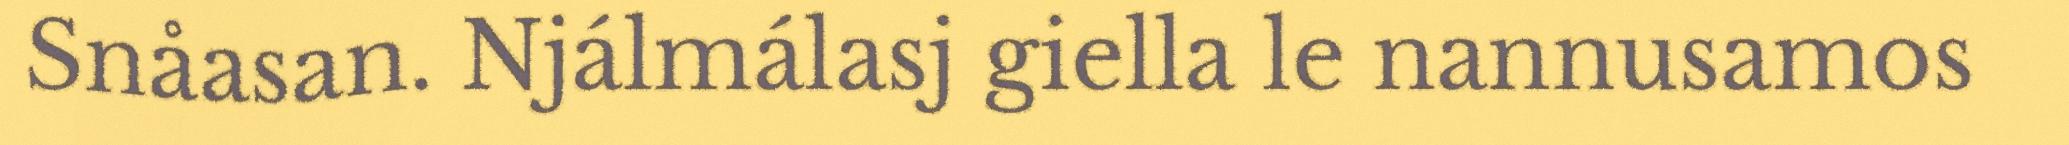
Snåasan. Njálmálasj giella le nannusamos